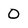
Character: 0